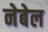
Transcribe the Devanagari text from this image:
नेबेल